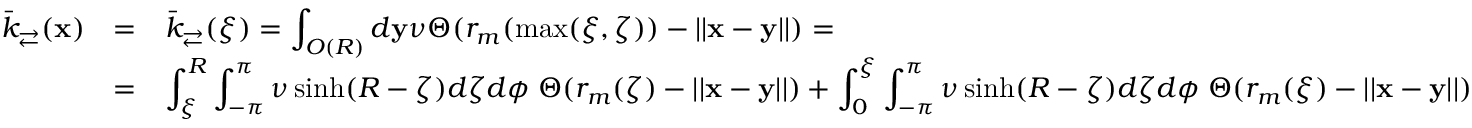
\begin{array} { r l l } { \bar { k } _ { \rightleftarrows } ( \mathbf x ) } & { = } & { \bar { k } _ { \rightleftarrows } ( \xi ) = \displaystyle \int _ { O ( R ) } d \mathbf y \nu \Theta ( r _ { m } ( \operatorname* { m a x } ( \xi , \zeta ) ) - | | \mathbf x - \mathbf y | | ) = \medskip } \\ & { = } & { \displaystyle \int _ { \xi } ^ { R } \int _ { - \pi } ^ { \pi } \nu \sinh ( R - \zeta ) d \zeta d \phi \; \Theta ( r _ { m } ( \zeta ) - | | \mathbf x - \mathbf y | | ) + \int _ { 0 } ^ { \xi } \int _ { - \pi } ^ { \pi } \nu \sinh ( R - \zeta ) d \zeta d \phi \; \Theta ( r _ { m } ( \xi ) - | | \mathbf x - \mathbf y | | ) } \end{array}